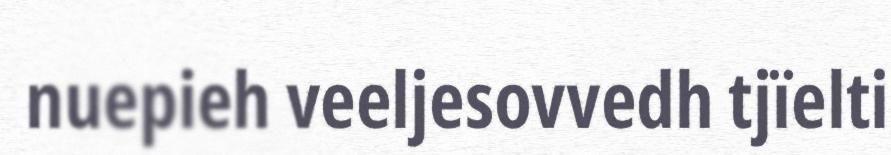
nuepieh veeljesovvedh tjïelti